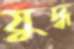
যুদ্ধ